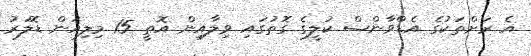
އެ ރަށްތަކުގެ އެޑްވާންސް ކުލީގެ ގޮތުގައި ވިލާއިން އޮތީ 15 މިލިއަން ޑޮލަރު